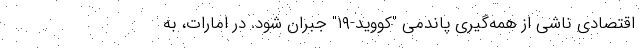
اقتصادی ناشی از همه‌گیری پاندمی "کووید-۱۹" جبران شود. در امارات، به